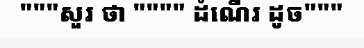
"""សួរ ថា """" ដំណើរ ដូច"""